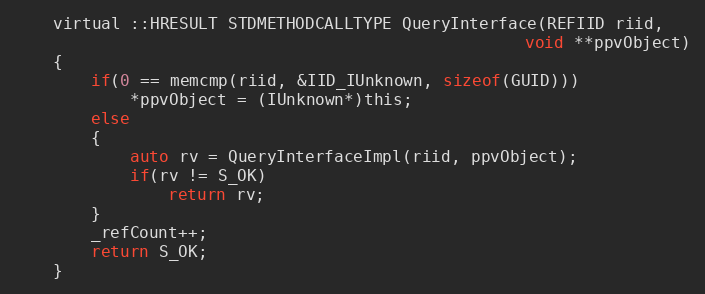
Language: C
    virtual ::HRESULT STDMETHODCALLTYPE QueryInterface(REFIID riid,
                                                     void **ppvObject)
    {
        if(0 == memcmp(riid, &IID_IUnknown, sizeof(GUID)))
            *ppvObject = (IUnknown*)this;
        else
        {
            auto rv = QueryInterfaceImpl(riid, ppvObject);
            if(rv != S_OK)
                return rv;
        }
        _refCount++;
        return S_OK;
    }